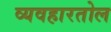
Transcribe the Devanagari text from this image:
व्यवहारतोल